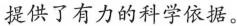
提供了有力的科学依据。